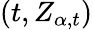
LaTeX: (t,Z_{\alpha,t})